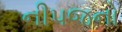
નીપજનો